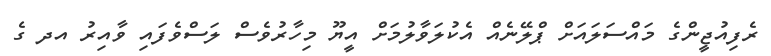
ރެފިއުޖީންގެ މައްސަލައަށް ޕްލޭނެއް އެކުލަވާލުމަށް އީޔޫ މިހާރުވެސް ލަސްވެފައި ވާއިރު އދ ގެ